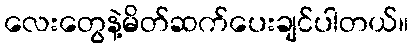
လေးတွေနဲ့မိတ်ဆက်ပေးချင်ပါတယ်။